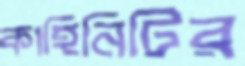
কাহিনিটির